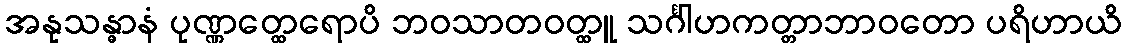
အနုသန္ဓာနံ ပုဏ္ဏတ္ထေရောပိ ဘဝသာတဝတ္ထူ သင်္ဂါဟကတ္တာဘာဝတော ပရိဟာယိ